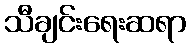
သီချင်းရေးဆရာ